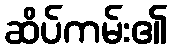
ဆိပ်ကမ်း၏